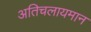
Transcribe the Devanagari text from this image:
अतिचलायमान